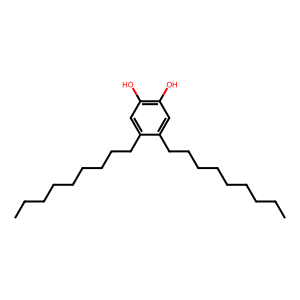
SMILES: CCCCCCCCCc1cc(O)c(O)cc1CCCCCCCCC
Inhibits HIV replication: No